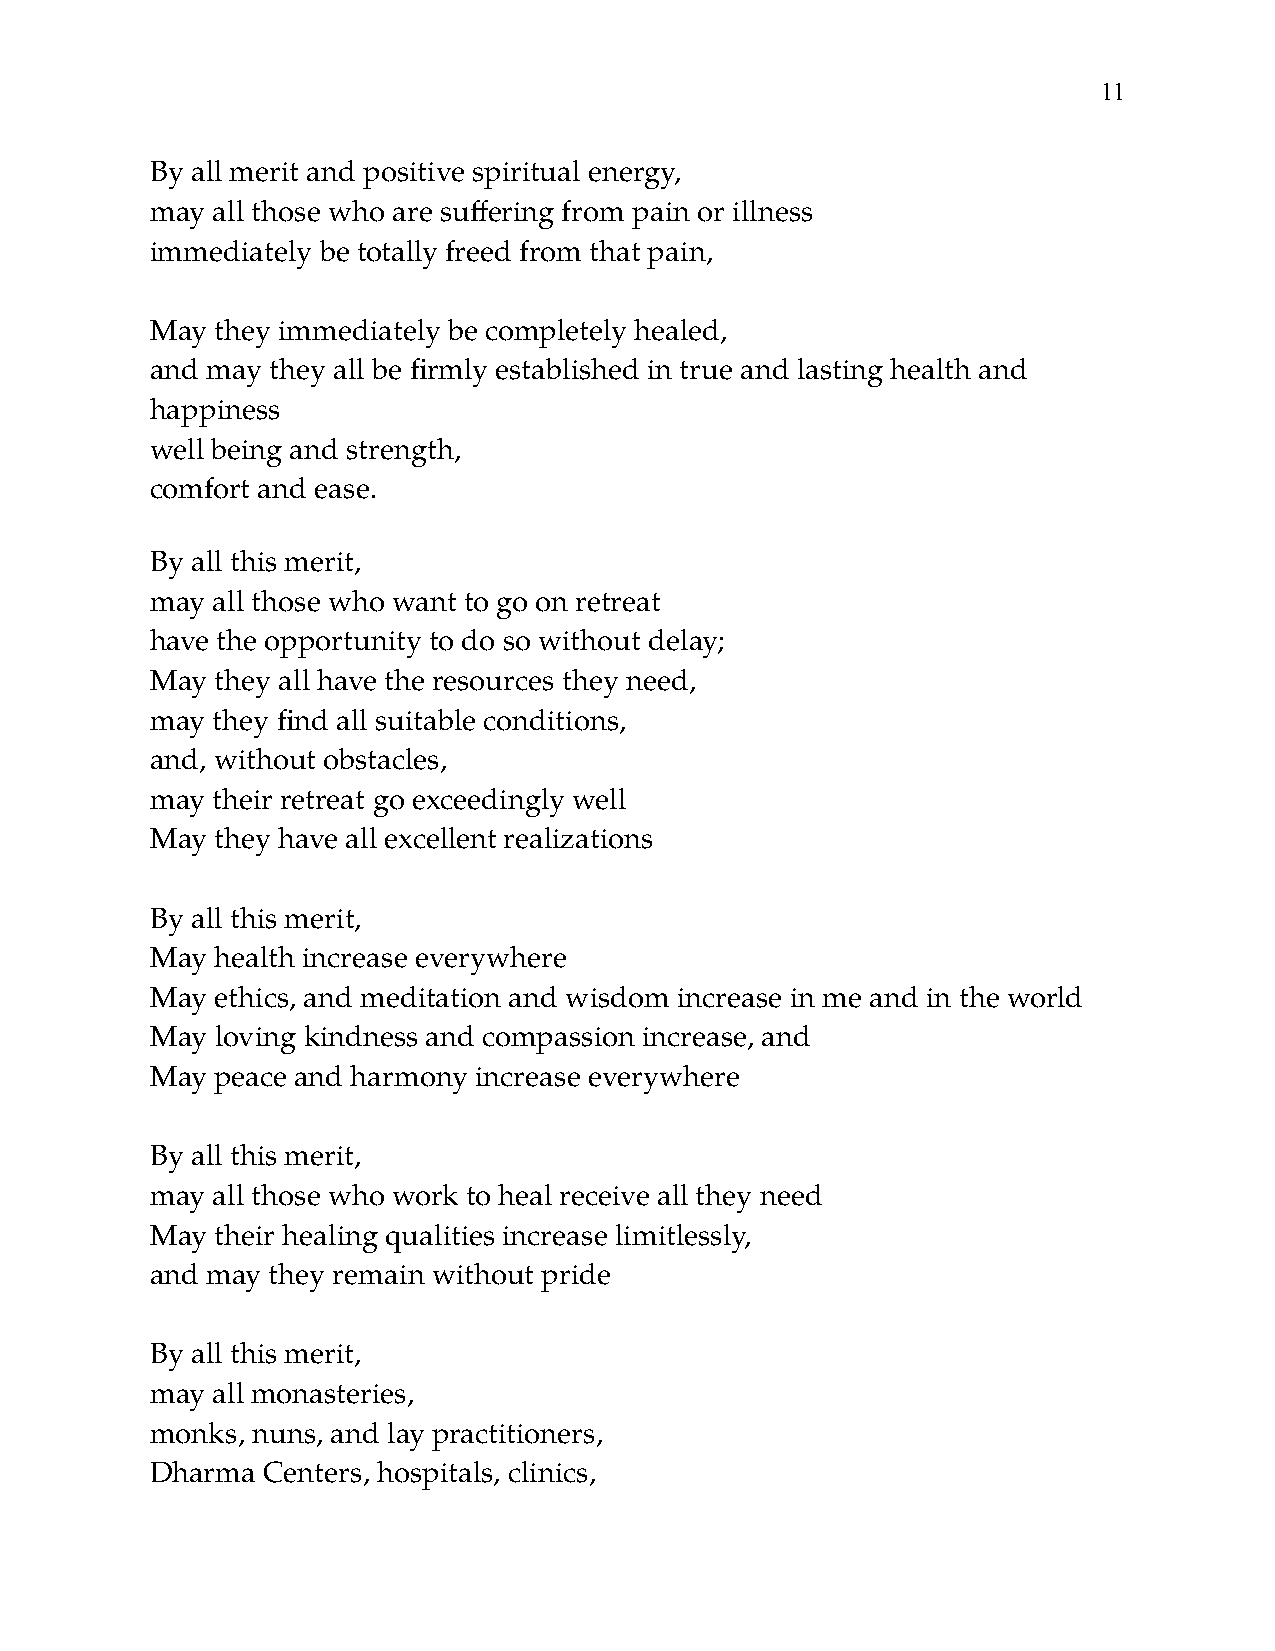
!11
 By all merit and positive spiritual energy,
 may all those who are suffering from pain or illness
 immediately be totally freed from that pain,
 May they immediately be completely healed,
 and may they all be firmly established in true and lasting health and
 happiness
 well being and strength,
 comfort and ease.
 By all this merit,
 may all those who want to go on retreat
 have the opportunity to do so without delay;
 May they all have the resources they need,
 may they find all suitable conditions,
 and, without obstacles,
 may their retreat go exceedingly well
 May they have all excellent realizations
 By all this merit,
 May health increase everywhere
 May ethics, and meditation and wisdom increase in me and in the world
 May loving kindness and compassion increase, and
 May peace and harmony increase everywhere
 By all this merit,
 may all those who work to heal receive all they need
 May their healing qualities increase limitlessly,
 and may they remain without pride
 By all this merit,
 may all monasteries,
 monks, nuns, and lay practitioners,
 Dharma Centers, hospitals, clinics,